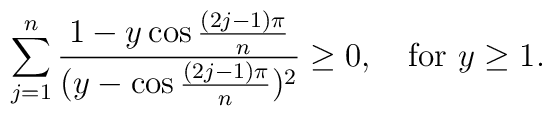
\sum_{j=1}^n  {1 - y \cos {(2j-1)\pi\over n} \over    (y - \cos {(2j-1)\pi \over n})^2 } \geq 0, \quad \mbox {for}\ y \geq 1.